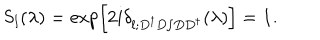
LaTeX: \mathrm { S } _ { l } ( \lambda ) = \exp \left[ 2 i \delta _ { l ; D ^ { \dagger } D / D D ^ { \dagger } } ( \lambda ) \right] = { \bf 1 } .